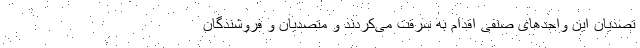
تصدیان این واحدهای صنفی اقدام به سرقت می‌کردند و متصدیان و فروشندگان